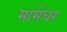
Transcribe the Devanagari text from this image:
मार्मेचर